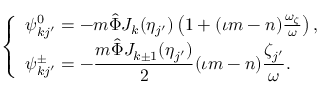
\begin{array} { r } { \left\{ \begin{array} { l } { \psi _ { k j ^ { \prime } } ^ { 0 } = - m \hat { \Phi } J _ { k } ( \eta _ { j ^ { \prime } } ) \left( 1 + ( \iota m - n ) \frac { \omega _ { \zeta } } { \omega } \right) , } \\ { \displaystyle \psi _ { k j ^ { \prime } } ^ { \pm } = - \frac { m \hat { \Phi } J _ { k \pm 1 } ( \eta _ { j ^ { \prime } } ) } { 2 } ( \iota m - n ) \frac { \zeta _ { j ^ { \prime } } } { \omega } . } \end{array} \right. } \end{array}